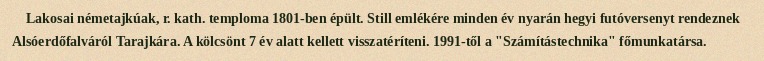
Lakosai németajkúak, r. kath. temploma 1801-ben épült. Still emlékére minden év nyarán hegyi futóversenyt rendeznek Alsóerdőfalváról Tarajkára. A kölcsönt 7 év alatt kellett visszatéríteni. 1991-től a "Számítástechnika" főmunkatársa.